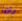
ياما